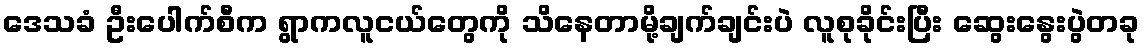
ဒေသခံ ဦးပေါက်စီက ရွာကလူငယ်တွေကို သိနေတာမို့ချက်ချင်းပဲ လူစုခိုင်းပြီး ဆွေးနွေးပွဲတခု